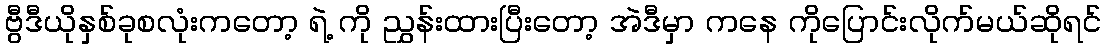
ဗွီဒီယိုနှစ်ခုစလုံးကတော့ ရဲ့ ကို ညွှန်းထားပြီးတော့ အဲဒီမှာ ကနေ ကိုပြောင်းလိုက်မယ်ဆိုရင်